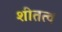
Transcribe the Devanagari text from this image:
शीतत्व